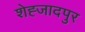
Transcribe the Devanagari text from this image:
शेह्जादपुर